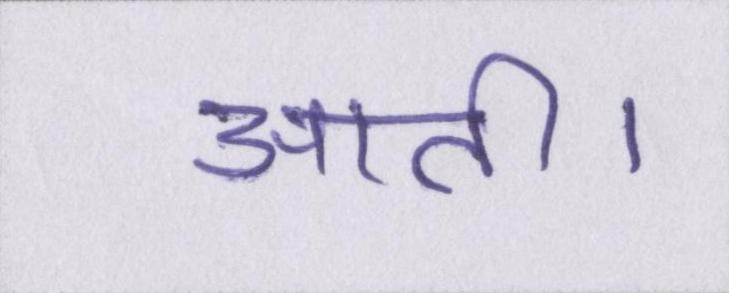
आती।